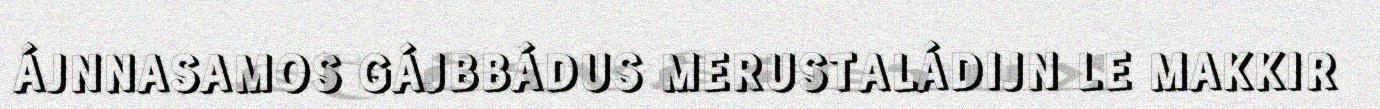
ÁJNNASAMOS GÁJBBÁDUS MERUSTALÁDIJN LE MAKKIR